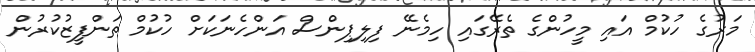
މަރުގެ ހުކުމް އައި މީހުންގެ ތެރޭގައި ހިމެނޭ ފިލިޕިންސް އަންހެނަކަށް ހުކުމް ތަންފީޒުކުރުން